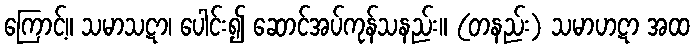
ကြောင့်။ သမာသဋာ၊ ပေါင်း၍ ဆောင်အပ်ကုန်သနည်း။ (တနည်း) သမာဟဋာ အထ